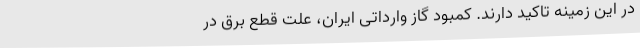
در این زمینه تاکید دارند. کمبود گاز وارداتی ایران، علت قطع برق در